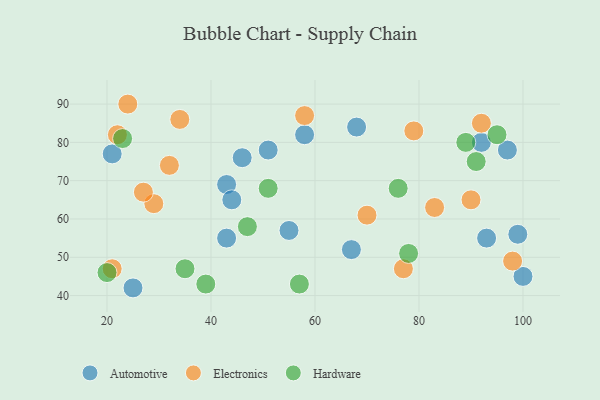
{"axis": {"x": "GDP", "y": "Life Expectancy"}, "legend": ["Automotive", "Electronics", "Hardware"], "data": [{"x": "100", "y": 45, "type": "Automotive"}, {"x": "58", "y": 82, "type": "Automotive"}, {"x": "55", "y": 57, "type": "Automotive"}, {"x": "93", "y": 55, "type": "Automotive"}, {"x": "43", "y": 55, "type": "Automotive"}, {"x": "92", "y": 80, "type": "Automotive"}, {"x": "43", "y": 69, "type": "Automotive"}, {"x": "67", "y": 52, "type": "Automotive"}, {"x": "25", "y": 42, "type": "Automotive"}, {"x": "51", "y": 78, "type": "Automotive"}, {"x": "46", "y": 76, "type": "Automotive"}, {"x": "97", "y": 78, "type": "Automotive"}, {"x": "21", "y": 77, "type": "Automotive"}, {"x": "44", "y": 65, "type": "Automotive"}, {"x": "99", "y": 56, "type": "Automotive"}, {"x": "68", "y": 84, "type": "Automotive"}, {"x": "34", "y": 86, "type": "Electronics"}, {"x": "29", "y": 64, "type": "Electronics"}, {"x": "92", "y": 85, "type": "Electronics"}, {"x": "77", "y": 47, "type": "Electronics"}, {"x": "58", "y": 87, "type": "Electronics"}, {"x": "32", "y": 74, "type": "Electronics"}, {"x": "24", "y": 90, "type": "Electronics"}, {"x": "27", "y": 67, "type": "Electronics"}, {"x": "70", "y": 61, "type": "Electronics"}, {"x": "79", "y": 83, "type": "Electronics"}, {"x": "21", "y": 47, "type": "Electronics"}, {"x": "90", "y": 65, "type": "Electronics"}, {"x": "98", "y": 49, "type": "Electronics"}, {"x": "22", "y": 82, "type": "Electronics"}, {"x": "83", "y": 63, "type": "Electronics"}, {"x": "23", "y": 81, "type": "Hardware"}, {"x": "57", "y": 43, "type": "Hardware"}, {"x": "78", "y": 51, "type": "Hardware"}, {"x": "91", "y": 75, "type": "Hardware"}, {"x": "76", "y": 68, "type": "Hardware"}, {"x": "95", "y": 82, "type": "Hardware"}, {"x": "39", "y": 43, "type": "Hardware"}, {"x": "89", "y": 80, "type": "Hardware"}, {"x": "20", "y": 46, "type": "Hardware"}, {"x": "35", "y": 47, "type": "Hardware"}, {"x": "51", "y": 68, "type": "Hardware"}, {"x": "47", "y": 58, "type": "Hardware"}]}